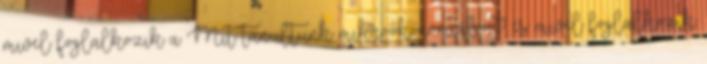
mivel foglalkozik a Mit tanultunk mikroökonómiából? és mivel foglalkozik